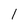
Character: l